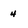
Character: 4